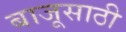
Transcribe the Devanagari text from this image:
बाजूसाठी